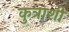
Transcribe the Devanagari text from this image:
कुत्राशी